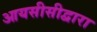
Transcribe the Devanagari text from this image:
आयसीसीद्वारा